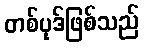
တစ်ပုဒ်ဖြစ်သည်